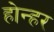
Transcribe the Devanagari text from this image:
होन्हर